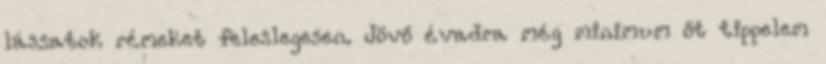
lássatok rémeket feleslegesen. Jövő évadra még minimum őt tippelem